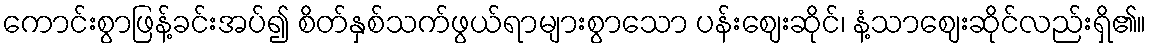
ကောင်းစွာဖြန့်ခင်းအပ်၍ စိတ်နှစ်သက်ဖွယ်ရာများစွာသော ပန်းဈေးဆိုင်၊ နံ့သာဈေးဆိုင်လည်းရှိ၏။